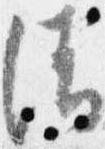
清